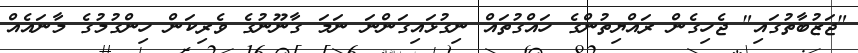
"ޖަޒުބާތުގައި" ޖެހިގެން ރައްޔިތުންގެ ހައްގުތައް ނިގުޅައިގަންނަ ނަމަ ގާނޫނުގެ ވެރިކަން ހިންގުމުގެ މާނައެއް